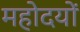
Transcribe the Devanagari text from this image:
महोदयों